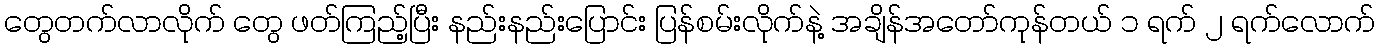
တွေတက်လာလိုက် တွေ ဖတ်ကြည့်ပြီး နည်းနည်းပြောင်း ပြန်စမ်းလိုက်နဲ့ အချိန်အတော်ကုန်တယ် ၁ ရက် ၂ ရက်လောက်